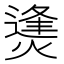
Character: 㷭